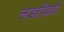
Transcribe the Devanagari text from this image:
लडायियों